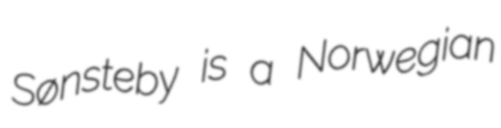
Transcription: Sønsteby is a Norwegian